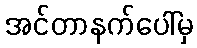
အင်တာနက်ပေါ်မှ